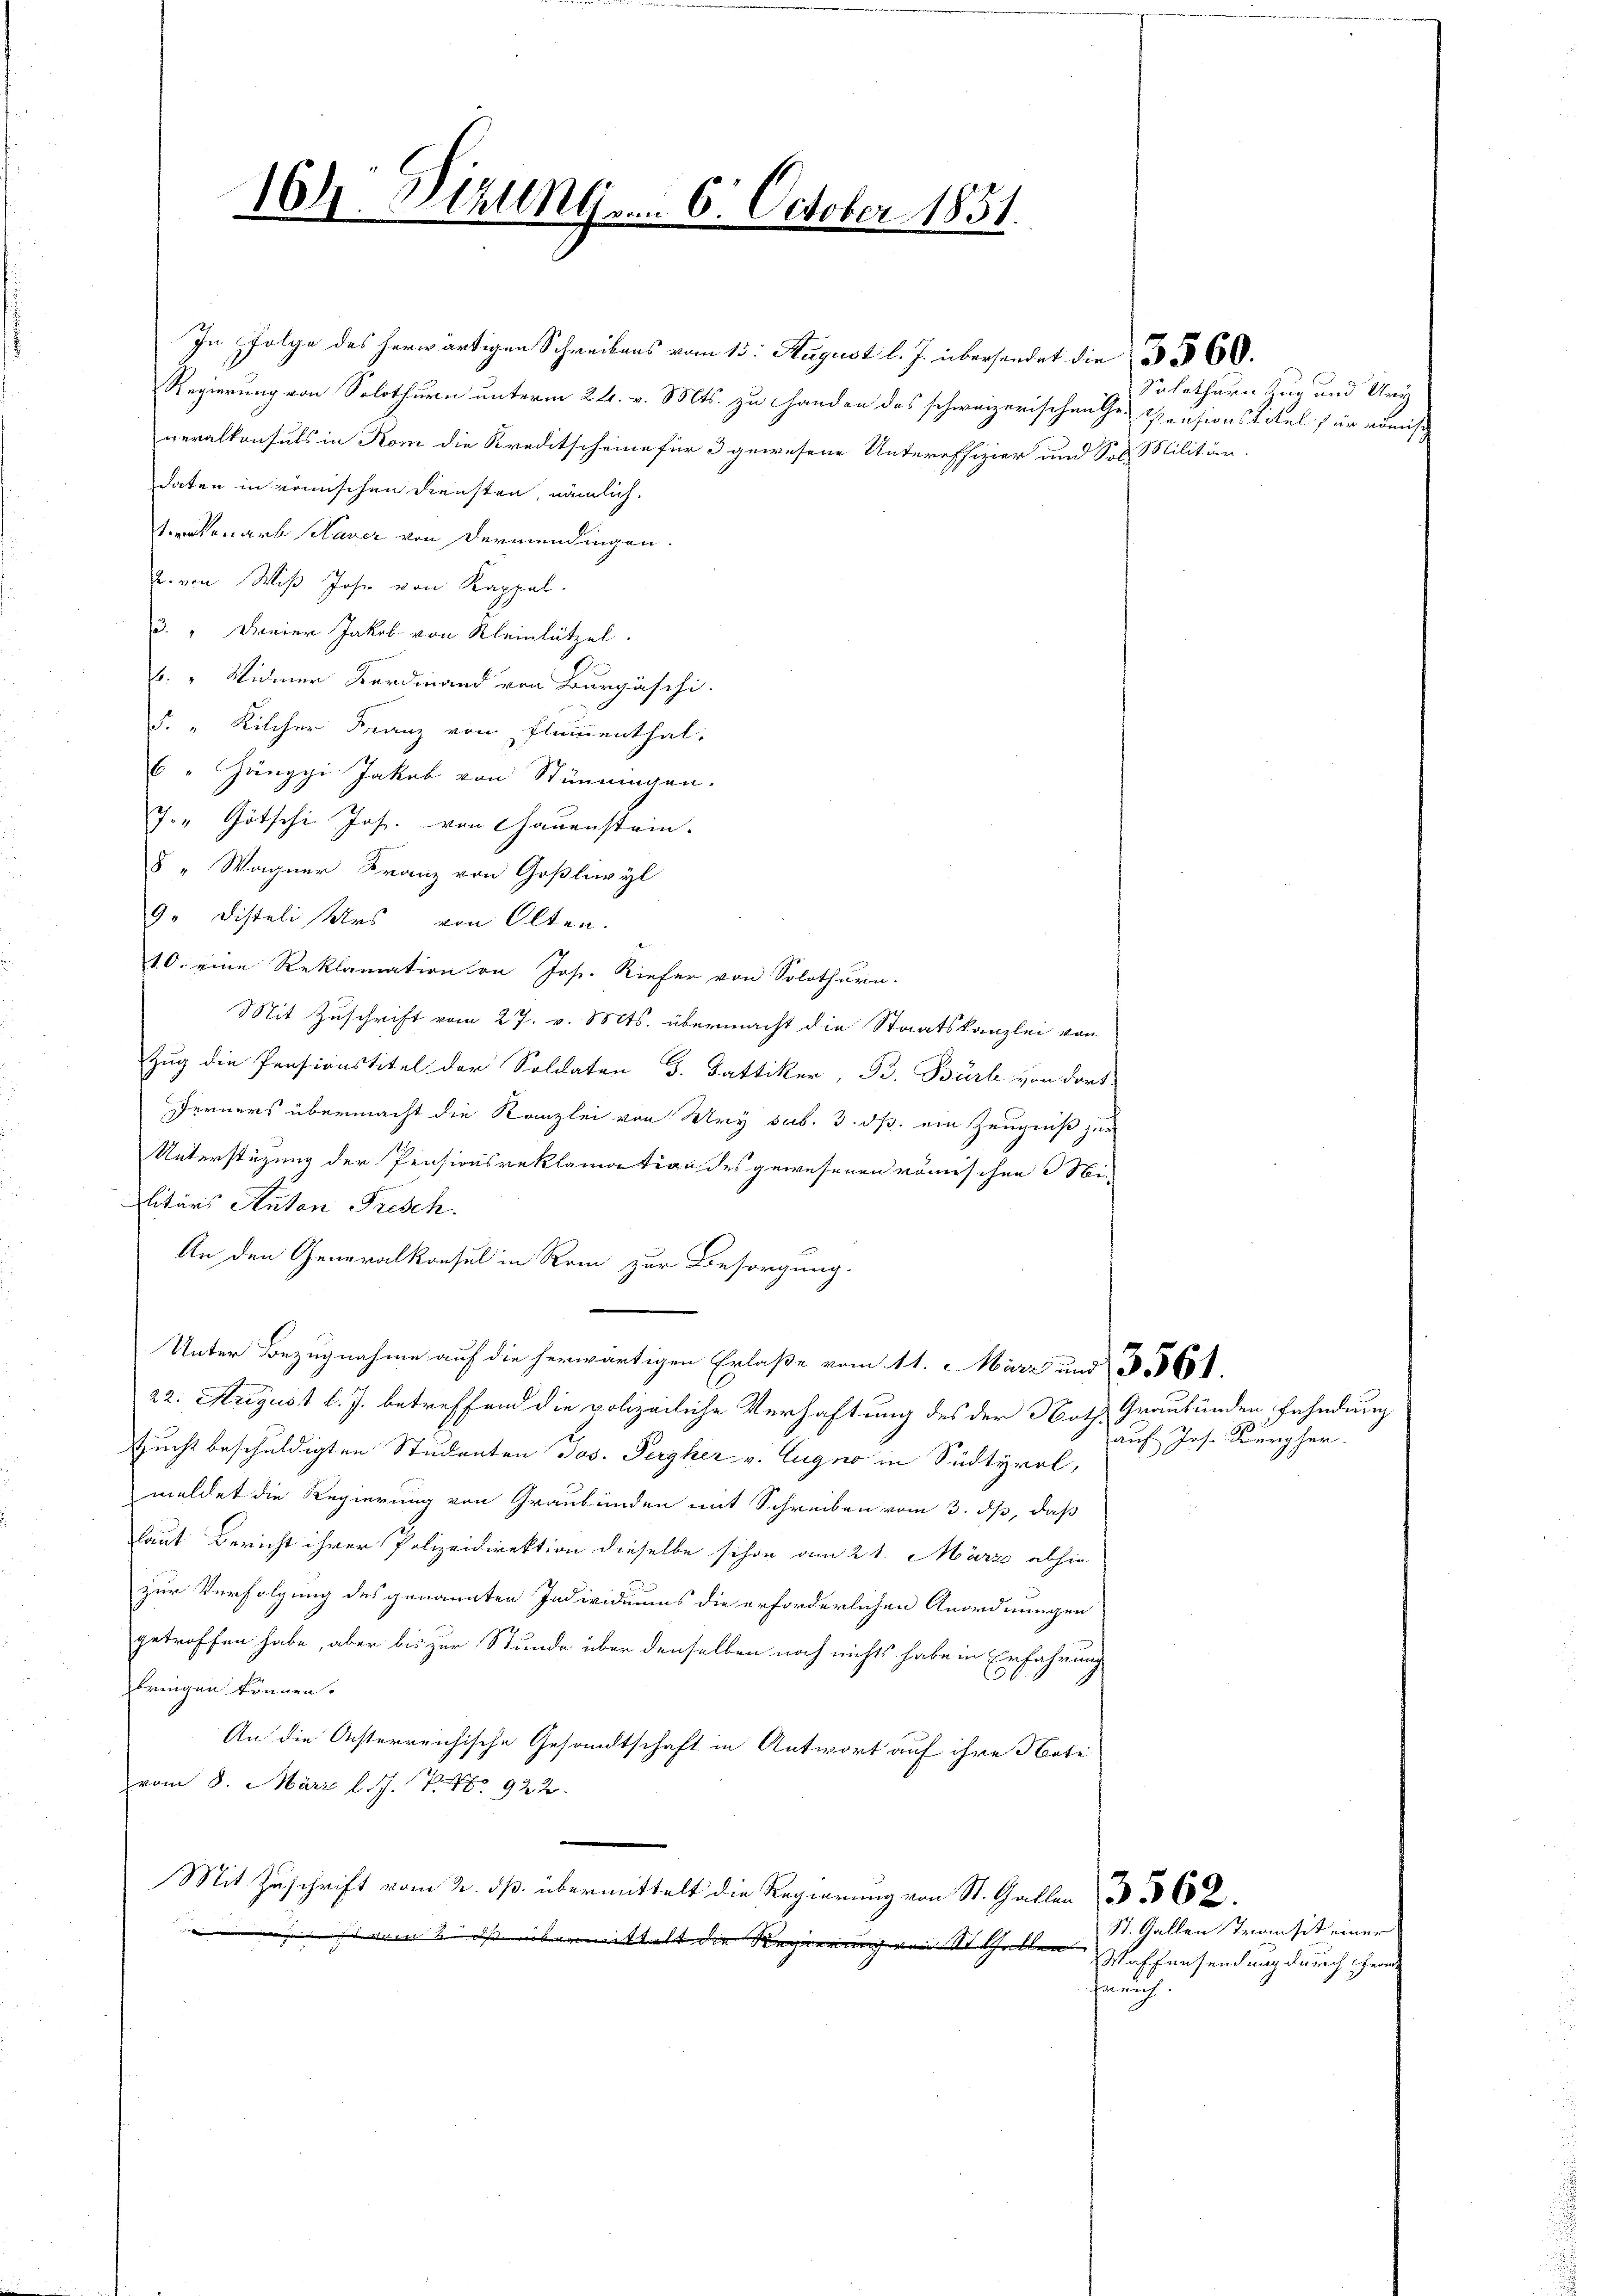
In folge des herwärtigen Schreibens vom 15. August l. J. übersendet die § 560.
Regierung von Solothurn unterm 24. v. Mts. zu Handen das schweizerischen Ge- Prusionstitel für admisch
neralkonsuls in Kom die Kreditscheine für 3 gewesene Untereffizier und Soll Militär-
daten in römischen Diensten, nämlich.
teonarb Haver von dermendingen.
u. von Wiß Joh. von Kappel.
3. " Freier Jakob von Kleinlützel.
: " Widmer Kardinand von Burgäschi.
5. " Kilcher Franz von Flumenthal.
6 " Hängpi Jakob von Stämmingen.
J. " Götschi Jos. von Chaŭenstein.
8 " Wagner Franz von Goßliwyl
9. Disteli Urs von Olten.
10. eine Reklamation von Jos. Rieser von Solothurn.
Mit Zuschrift vom 27. v. Mts. übermacht die Staatskanzlei von
Zug die Pensionstitel der Soldaten d. Fattiker, B. Bürb von dort
Ferners übermacht die Kanzlei von Ury sub. 3. ds. ein Zeugniß zur
Unterstüzung der Pensionsreklamation des gewesenen römischen Militärs Anton Frisch.
An den Generalkonsul in Rom zur Besorgung.
Unter Bezugnahme auf die herwärtigen Erlaße vom 11. März und 561.
22. August l. J. betreffend die polizeiliche Verhaftung des der Noth Graubünden fahndung
Zucht beschuldigten Studenten Jos. Pergher v. Eugno in Südtyrol,
meldet die Regierung von Graubünden mit Schreiben vom 3. ds, daß
laut Bericht ihrer Polizeidirektion dieselbe schon am 21. März abhin
zur Verfolgung des genannten Individuums die erforderlichen Anordnungen
getroffen habe, aber bis zur Stunde über denselben noch nichts habe in Erfahrung
bringen können.
An die Osterreichische Gesandtschaft in Antwort auf ihre Note
vom 8. März l. J. P. No 922.
.
Mit Zuschrift vom 2. dß. übermittelt die Regierung von St. Gallen 3 562.
 vom 2. ds. übermittelt die Regierung von Statten
fruch.

164. Stallg. 6. October 1851.

n
Solothurn Zug und Ury

auf Jos. Kurgher.

St. Gallen Transit einer
Waffensendung durch ende